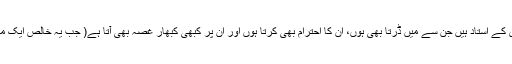
زکریا میرے لیے پرائمری کے استاد ہیں جن سے میں ڈرتا بھی ہوں، ان کا احترام بھی کرتا ہوں اور ان پر کبھی کبھار غصہ بھی آتا ہے( جب یہ خالص ایک منتظم یعنی ایڈمن ہوتے ہیں۔